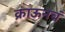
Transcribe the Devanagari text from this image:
क्राऊनचं